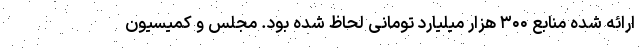
ارائه شده منابع ۳۰۰ هزار میلیارد تومانی لحاظ شده بود. مجلس و کمیسیون